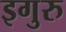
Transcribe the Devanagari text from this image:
इगुरु